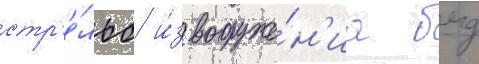
стр'е́льб и́з вооруже́н'иа бмд